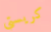
كريستي